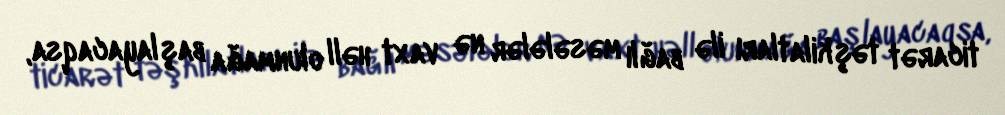
ticarət təşkilatları ilə bağlı məsələlər nə vaxt həll olunmağa başlayacaqsa,